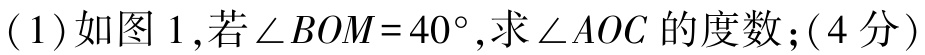
(1)如图 1,若\(\angle BOM = 40^{\circ}\),求\(\angle AOC\)的度数;(4分)